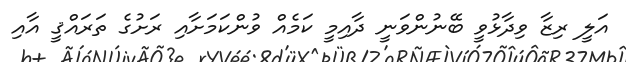
އަލީ ރިޒާ ވިދާޅުވީ ބޭނުންވަނީ ދާއިމީ ކަމެއް ވުންކަމަށާއި ރަށުގެ ތަރައްޤީ އާއި